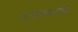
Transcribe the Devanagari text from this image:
धाराप्रमाणेच